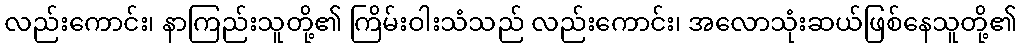
လည်းကောင်း၊ နာကြည်းသူတို့၏ ကြိမ်းဝါးသံသည် လည်းကောင်း၊ အလောသုံးဆယ်ဖြစ်နေသူတို့၏